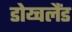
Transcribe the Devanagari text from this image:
डोय्चलैंड